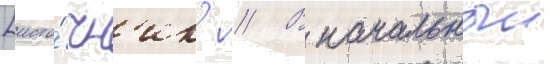
[исто́чн'ик? // В начальныи